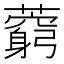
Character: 藭